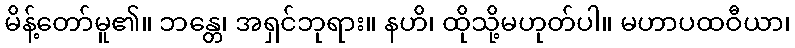
မိန့်တော်မူ၏။ ဘန္တေ၊ အရှင်ဘုရား။ နဟိ၊ ထိုသို့မဟုတ်ပါ။ မဟာပထဝီယာ၊